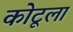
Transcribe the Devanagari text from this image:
कोटूला